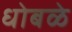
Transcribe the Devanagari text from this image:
धोबळे